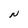
Character: N